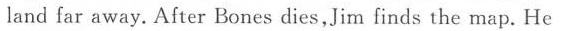
land far away.After Bones dies,Jim finds the map.He